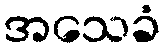
အသေခံ